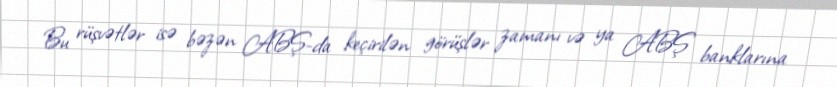
Bu rüşvətlər isə bəzən ABŞ-da keçirilən görüşlər zamanı və ya ABŞ banklarına